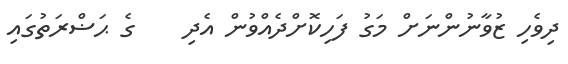
ދިވެހި ޒުވާނުންނަށް މަގު ފަހިކޮށްދެއްވުން އެދި    ގެ ޙަޟްރަތުގައި